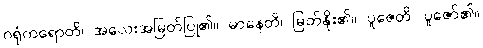
ဂရုံကရောတိ၊ အလေးအမြတ်ပြု၏။ မာနေတိ၊ မြတ်နိုး၏။ ပူဇေတိ၊ ပူဇော်၏။